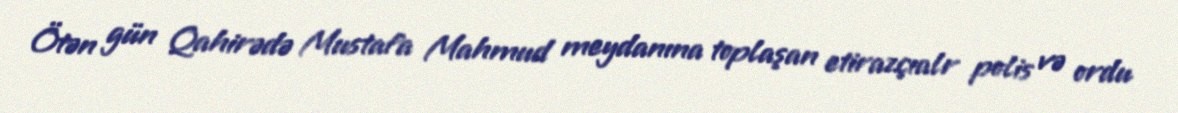
Ötən gün Qahirədə Mustafa Mahmud meydanına toplaşan etirazçıalr polis və ordu